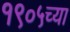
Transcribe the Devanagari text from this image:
१९०५च्या